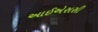
આઈએસસી